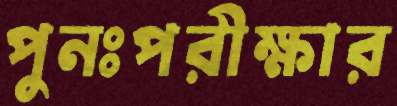
পুনঃপরীক্ষার